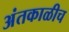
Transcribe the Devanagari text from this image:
अंतकाळीच